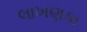
લાખણકા